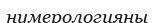
нумерологияны